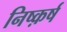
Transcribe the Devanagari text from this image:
निष्क़र्ष